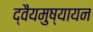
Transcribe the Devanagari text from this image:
द्वैयमुष्यायन